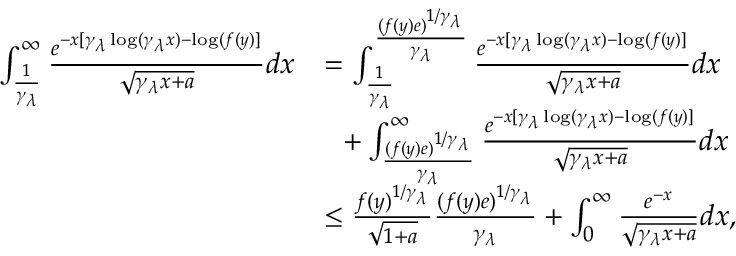
\begin{array} { r l } { \int _ { \frac { 1 } { \gamma _ { \lambda } } } ^ { \infty } \frac { e ^ { - x [ \gamma _ { \lambda } \log ( \gamma _ { \lambda } x ) - \log ( f ( y ) ] } } { \sqrt { \gamma _ { \lambda } x + a } } d x } & { = \int _ { \frac { 1 } { \gamma _ { \lambda } } } ^ { \frac { ( f ( y ) e ) ^ { 1 / \gamma _ { \lambda } } } { \gamma _ { \lambda } } } \frac { e ^ { - x [ \gamma _ { \lambda } \log ( \gamma _ { \lambda } x ) - \log ( f ( y ) ] } } { \sqrt { \gamma _ { \lambda } x + a } } d x } \\ & { \ \ + \int _ { \frac { ( f ( y ) e ) ^ { 1 / \gamma _ { \lambda } } } { \gamma _ { \lambda } } } ^ { \infty } \frac { e ^ { - x [ \gamma _ { \lambda } \log ( \gamma _ { \lambda } x ) - \log ( f ( y ) ] } } { \sqrt { \gamma _ { \lambda } x + a } } d x } \\ & { \leq \frac { f ( y ) ^ { 1 / \gamma _ { \lambda } } } { \sqrt { 1 + a } } \frac { ( f ( y ) e ) ^ { 1 / \gamma _ { \lambda } } } { \gamma _ { \lambda } } + \int _ { 0 } ^ { \infty } \frac { e ^ { - x } } { \sqrt { \gamma _ { \lambda } x + a } } d x , } \end{array}